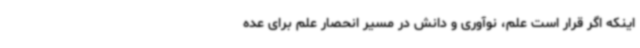
اینکه اگر قرار است علم، نوآوری و دانش در مسیر انحصار علم برای عده